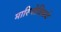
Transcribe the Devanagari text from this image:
मारिनोविचचे